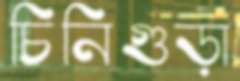
চিনিগুড়া